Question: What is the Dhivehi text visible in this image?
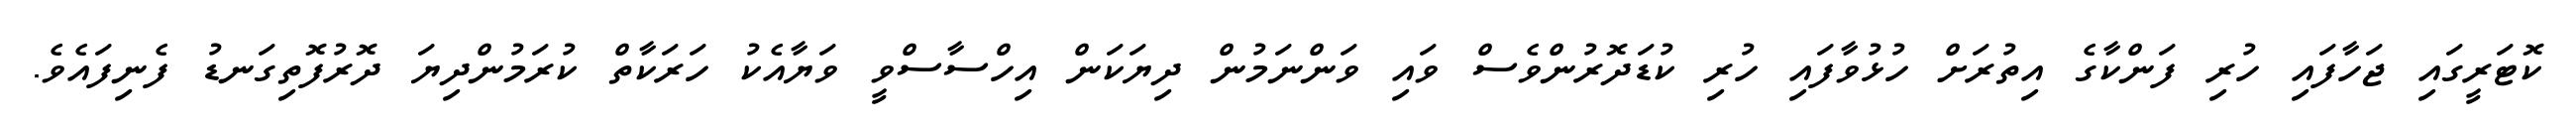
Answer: ކޮޓަރީގައި ޖަހާފައި ހުރި ފަންކާގެ އިތުރަށް ހުޅުވާފައި ހުރި ކުޑަދޮރުންވެސް ވައި ވަންނަމުން ދިޔަކަން އިހްސާސްވީ ވަޔާއެކު ހަރަކާތް ކުރަމުންދިޔަ ދޮރުފޮތިގަނޑު ފެނިފައެވެ.